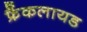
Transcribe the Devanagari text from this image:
फ्रैंकलायड